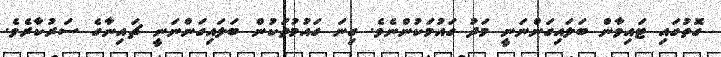
ގޮތުގައި ޓައިވާން ބަލައިގަންނަނީ މަދު ގައުމަކުންނެވެ. ގިނަ ގައުމުތަކުން ބަލައިގަންނަނީ ޗައިނާގެ ސަރުކާރެވެ.